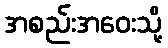
အစည်းအဝေးသို့